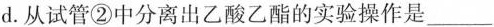
d.从试管②中分离出乙酸乙酯的实验操作是___